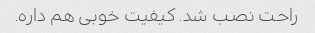
راحت نصب شد. کیفیت خوبی هم داره.